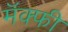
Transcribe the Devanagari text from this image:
मॅक्फी